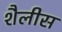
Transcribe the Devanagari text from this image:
शैलीस